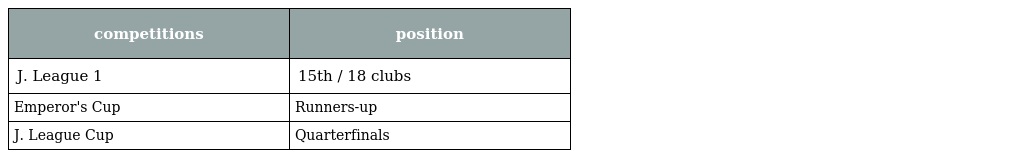
| competitions | position |
 | --- | --- |
 | J. League 1 | 15th / 18 clubs |
 | Emperor's Cup | Runners-up |
 | J. League Cup | Quarterfinals |